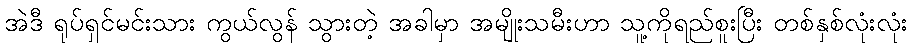
အဲဒီ ရုပ်ရှင်မင်းသား ကွယ်လွန် သွားတဲ့ အခါမှာ အမျိုးသမီးဟာ သူ့ကိုရည်စူးပြီး တစ်နှစ်လုံးလုံး